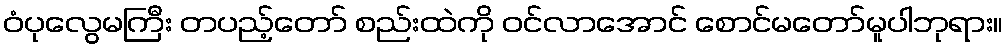
ဝံပုလွေမကြီး တပည့်တော် စည်းထဲကို ဝင်လာအောင် စောင်မတော်မူပါဘုရား။